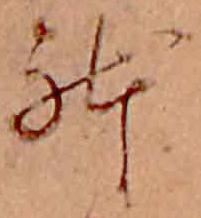
躰